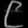
Digit: ၉